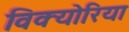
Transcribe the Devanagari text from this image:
विक्योरिया